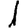
Digit: 1